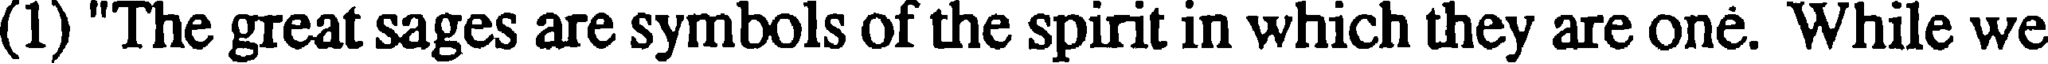
(1) "The great sages are symbols of the spirit in which they are one. While we